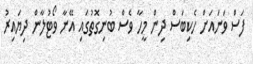
ފަސް ވަނައަށް ހެކިބަސް ދިން މީހާ ވެސް ބުނިގޮތުގައި އޭނާ ވޯޓުލާން ދިޔައިރު